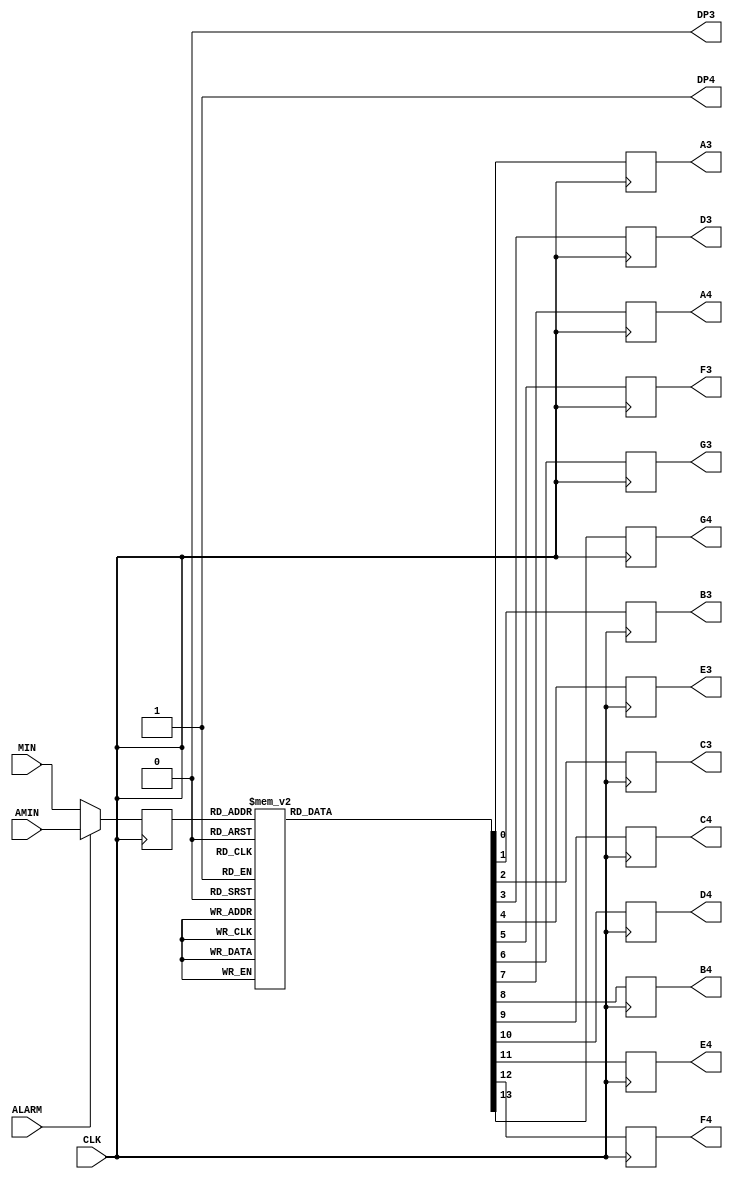
module Controlador_MIN(
    input [5:0] MIN,
    input [5:0] AMIN,
    input CLK,
    input ALARM,
    //Digito Izquierda
    output reg A3,
    output reg B3,
    output reg C3,
    output reg D3,
    output reg E3,
    output reg F3,
    output reg G3,
    output reg DP3,
    //Digito Derecho
    output reg A4,
    output reg B4,
    output reg C4,
    output reg D4,
    output reg E4,
    output reg F4,
    output reg G4,
    output reg DP4
);
initial begin
    //Izquierda
    A3=0;
    B3=0;
    C3=0;
    D3=0;
    E3=0;
    F3=0;
    G3=0;
    DP3=0;
    //Derecha
    A4=0;
    B4=0;
    C4=0;
    D4=0;
    E4=0;
    F4=0;
    G4=0;
    DP4=1;
end

    reg[5:0] numero;

always @(posedge CLK)
begin
    if(ALARM)
    begin
        numero<=AMIN;
    end
    else
    begin
        numero<=MIN;
    end
 case(numero)
 0:
 begin
    //Izquierda
    A3<=1;
    B3<=1;
    C3<=1;
    D3<=1;
    E3<=1;
    F3<=1;
    G3<=0;
    //Derecha
    A4<=1;
    B4<=1;
    C4<=1;
    D4<=1;
    E4<=1;
    F4<=1;
    G4<=0;
 end
 1:
 begin
    //Izquierda
    A3<=1;
    B3<=1;
    C3<=1;
    D3<=1;
    E3<=1;
    F3<=1;
    G3<=0;
    //Derecha
    A4<=0;
    B4<=1;
    C4<=1;
    D4<=0;
    E4<=0;
    F4<=0;
    G4<=0;
 end
 2:
 begin
    //Izquierda
    A3<=1;
    B3<=1;
    C3<=1;
    D3<=1;
    E3<=1;
    F3<=1;
    G3<=0;
    //Derecha
    A4<=1;
    B4<=1;
    C4<=0;
    D4<=1;
    E4<=1;
    F4<=0;
    G4<=1;
 end
 3:
 begin
    //Izquierda
    A3<=1;
    B3<=1;
    C3<=1;
    D3<=1;
    E3<=1;
    F3<=1;
    G3<=0;
    //Derecha
    A4<=1;
    B4<=1;
    C4<=1;
    D4<=1;
    E4<=0;
    F4<=0;
    G4<=1;
 end
 4:
 begin
    //Izquierda
    A3<=1;
    B3<=1;
    C3<=1;
    D3<=1;
    E3<=1;
    F3<=1;
    G3<=0;
    //Derecha
    A4<=0;
    B4<=1;
    C4<=1;
    D4<=0;
    E4<=0;
    F4<=1;
    G4<=1;
 end
 5:
 begin
    //Izquierda
    A3<=1;
    B3<=1;
    C3<=1;
    D3<=1;
    E3<=1;
    F3<=1;
    G3<=0;
    //Derecha
    A4<=1;
    B4<=0;
    C4<=1;
    D4<=1;
    E4<=0;
    F4<=1;
    G4<=1;
 end
 6:
 begin
    //Izquierda
    A3<=1;
    B3<=1;
    C3<=1;
    D3<=1;
    E3<=1;
    F3<=1;
    G3<=0;
    //Derecha
    A4<=1;
    B4<=0;
    C4<=1;
    D4<=1;
    E4<=1;
    F4<=1;
    G4<=1;
 end
 7:
 begin
    //Izquierda
    A3<=1;
    B3<=1;
    C3<=1;
    D3<=1;
    E3<=1;
    F3<=1;
    G3<=0;
    //Derecha
    A4<=1;
    B4<=1;
    C4<=1;
    D4<=0;
    E4<=0;
    F4<=0;
    G4<=0;
 end
 8:
 begin
    //Izquierda
    A3<=1;
    B3<=1;
    C3<=1;
    D3<=1;
    E3<=1;
    F3<=1;
    G3<=0;
    //Derecha
    A4<=1;
    B4<=1;
    C4<=1;
    D4<=1;
    E4<=1;
    F4<=1;
    G4<=1;
 end
 9:
 begin
    //Izquierda
    A3<=1;
    B3<=1;
    C3<=1;
    D3<=1;
    E3<=1;
    F3<=1;
    G3<=0;
    //Derecha
    A4<=1;
    B4<=1;
    C4<=1;
    D4<=1;
    E4<=0;
    F4<=1;
    G4<=1;
 end
 10:
 begin
    //Izquierda
    A3<=0;
    B3<=1;
    C3<=1;
    D3<=0;
    E3<=0;
    F3<=0;
    G3<=0;
    //Derecha
    A4<=1;
    B4<=1;
    C4<=1;
    D4<=1;
    E4<=1;
    F4<=1;
    G4<=0;
 end
 11:
 begin
    //Izquierda
    A3<=0;
    B3<=1;
    C3<=1;
    D3<=0;
    E3<=0;
    F3<=0;
    G3<=0;
    //Derecha
    A4<=0;
    B4<=1;
    C4<=1;
    D4<=0;
    E4<=0;
    F4<=0;
    G4<=0;
 end
 12:
 begin
    //Izquierda
    A3<=0;
    B3<=1;
    C3<=1;
    D3<=0;
    E3<=0;
    F3<=0;
    G3<=0;
    //Derecha
    A4<=1;
    B4<=1;
    C4<=0;
    D4<=1;
    E4<=1;
    F4<=0;
    G4<=1;
 end
 13:
 begin
    //Izquierda
    A3<=0;
    B3<=1;
    C3<=1;
    D3<=0;
    E3<=0;
    F3<=0;
    G3<=0;
    //Derecha
    A4<=1;
    B4<=1;
    C4<=1;
    D4<=1;
    E4<=0;
    F4<=0;
    G4<=1;
 end
 14:
 begin
    //Izquierda
    A3<=0;
    B3<=1;
    C3<=1;
    D3<=0;
    E3<=0;
    F3<=0;
    G3<=0;
    //Derecha
    A4<=0;
    B4<=1;
    C4<=1;
    D4<=0;
    E4<=0;
    F4<=1;
    G4<=1;
 end
 15:
 begin
    //Izquierda
    A3<=0;
    B3<=1;
    C3<=1;
    D3<=0;
    E3<=0;
    F3<=0;
    G3<=0;
    //Derecha
    A4<=1;
    B4<=0;
    C4<=1;
    D4<=1;
    E4<=0;
    F4<=1;
    G4<=1;
 end
 16:
 begin
    //Izquierda
    A3<=0;
    B3<=1;
    C3<=1;
    D3<=0;
    E3<=0;
    F3<=0;
    G3<=0;
    //Derecha
    A4<=1;
    B4<=0;
    C4<=1;
    D4<=1;
    E4<=1;
    F4<=1;
    G4<=1;
 end
 17:
 begin
    //Izquierda
    A3<=0;
    B3<=1;
    C3<=1;
    D3<=0;
    E3<=0;
    F3<=0;
    G3<=0;
    //Derecha
    A4<=1;
    B4<=1;
    C4<=1;
    D4<=0;
    E4<=0;
    F4<=0;
    G4<=0;
 end
 18:
 begin
    //Izquierda
    A3<=0;
    B3<=1;
    C3<=1;
    D3<=0;
    E3<=0;
    F3<=0;
    G3<=0;
    //Derecha
    A4<=1;
    B4<=1;
    C4<=1;
    D4<=1;
    E4<=1;
    F4<=1;
    G4<=1;
 end
 19:
 begin
    //Izquierda
    A3<=0;
    B3<=1;
    C3<=1;
    D3<=0;
    E3<=0;
    F3<=0;
    G3<=0;
    //Derecha
    A4<=1;
    B4<=1;
    C4<=1;
    D4<=1;
    E4<=0;
    F4<=1;
    G4<=1;
 end
 20:
 begin
    //Izquierda
    A3<=1;
    B3<=1;
    C3<=0;
    D3<=1;
    E3<=1;
    F3<=0;
    G3<=1;
    //Derecha
    A4<=1;
    B4<=1;
    C4<=1;
    D4<=1;
    E4<=1;
    F4<=1;
    G4<=0;
 end
 21:
 begin
    //Izquierda
    A3<=1;
    B3<=1;
    C3<=0;
    D3<=1;
    E3<=1;
    F3<=0;
    G3<=1;
    //Derecha
    A4<=0;
    B4<=1;
    C4<=1;
    D4<=0;
    E4<=0;
    F4<=0;
    G4<=0;
 end
 22:
 begin
    //Izquierda
    A3<=1;
    B3<=1;
    C3<=0;
    D3<=1;
    E3<=1;
    F3<=0;
    G3<=1;
    //Derecha
    A4<=1;
    B4<=1;
    C4<=0;
    D4<=1;
    E4<=1;
    F4<=0;
    G4<=1;
 end
 23:
 begin
    //Izquierda
    A3<=1;
    B3<=1;
    C3<=0;
    D3<=1;
    E3<=1;
    F3<=0;
    G3<=1;
    //Derecha
    A4<=1;
    B4<=1;
    C4<=1;
    D4<=1;
    E4<=0;
    F4<=0;
    G4<=1;
 end
 24:
 begin
    //Izquierda
    A3<=1;
    B3<=1;
    C3<=0;
    D3<=1;
    E3<=1;
    F3<=0;
    G3<=1;  
    //Derecha
    A4<=0;
    B4<=1;
    C4<=1;
    D4<=0;
    E4<=0;
    F4<=1;
    G4<=1;
 end
 25:
 begin
    //Izquierda
    A3<=1;
    B3<=1;
    C3<=0;
    D3<=1;
    E3<=1;
    F3<=0;
    G3<=1;  
    //Derecha
    A4<=1;
    B4<=0;
    C4<=1;
    D4<=1;
    E4<=0;
    F4<=1;
    G4<=1;
 end
 26:
 begin
    //Izquierda
    A3<=1;
    B3<=1;
    C3<=0;
    D3<=1;
    E3<=1;
    F3<=0;
    G3<=1;  
    //Derecha
    A4<=1;
    B4<=0;
    C4<=1;
    D4<=1;
    E4<=1;
    F4<=1;
    G4<=1;
 end
 27:
 begin
    //Izquierda
    A3<=1;
    B3<=1;
    C3<=0;
    D3<=1;
    E3<=1;
    F3<=0;
    G3<=1;  
    //Derecha
    A4<=1;
    B4<=1;
    C4<=1;
    D4<=0;
    E4<=0;
    F4<=0;
    G4<=0;   
 end
 28:
 begin
    //Izquierda
    A3<=1;
    B3<=1;
    C3<=0;
    D3<=1;
    E3<=1;
    F3<=0;
    G3<=1;  
    //Derecha
    A4<=1;
    B4<=1;
    C4<=1;
    D4<=1;
    E4<=1;
    F4<=1;
    G4<=1;
 end
 29:
 begin
     
    //Izquierda
    A3<=1;
    B3<=1;
    C3<=0;
    D3<=1;
    E3<=1;
    F3<=0;
    G3<=1; 
    //Derecha
    A4<=1;
    B4<=1;
    C4<=1;
    D4<=1;
    E4<=0;
    F4<=1;
    G4<=1; 
 end
 30:
 begin
    //Izquierda
    A3<=1;
    B3<=1;
    C3<=1;
    D3<=1;
    E3<=0;
    F3<=0;
    G3<=1;
    //Derecha
    A4<=1;
    B4<=1;
    C4<=1;
    D4<=1;
    E4<=1;
    F4<=1;
    G4<=0;
 end
 31:
 begin
    //Izquierda
    A3<=1;
    B3<=1;
    C3<=1;
    D3<=1;
    E3<=0;
    F3<=0;
    G3<=1;
    //Derecha
    A4<=0;
    B4<=1;
    C4<=1;
    D4<=0;
    E4<=0;
    F4<=0;
    G4<=0;
 end
 32:
 begin
    //Izquierda
    A3<=1;
    B3<=1;
    C3<=1;
    D3<=1;
    E3<=0;
    F3<=0;
    G3<=1;
    //Derecha
    A4<=1;
    B4<=1;
    C4<=0;
    D4<=1;
    E4<=1;
    F4<=0;
    G4<=1;
 end
 33:
 begin
    //Izquierda
    A3<=1;
    B3<=1;
    C3<=1;
    D3<=1;
    E3<=0;
    F3<=0;
    G3<=1;
    //Derecha
    A4<=1;
    B4<=1;
    C4<=1;
    D4<=1;
    E4<=0;
    F4<=0;
    G4<=1;   
 end
 34:
 begin
    //Izquierda
    A3<=1;
    B3<=1;
    C3<=1;
    D3<=1;
    E3<=0;
    F3<=0;
    G3<=1;
    //Derecha
    A4<=0;
    B4<=1;
    C4<=1;
    D4<=0;
    E4<=0;
    F4<=1;
    G4<=1;
 end
 35:
 begin
    //Izquierda
    A3<=1;
    B3<=1;
    C3<=1;
    D3<=1;
    E3<=0;
    F3<=0;
    G3<=1;
    //Derecha
    A4<=1;
    B4<=0;
    C4<=1;
    D4<=1;
    E4<=0;
    F4<=1;
    G4<=1;
 end
 36:
 begin
    //Izquierda
    A3<=1;
    B3<=1;
    C3<=1;
    D3<=1;
    E3<=0;
    F3<=0;
    G3<=1;
    //Derecha
    A4<=1;
    B4<=0;
    C4<=1;
    D4<=1;
    E4<=1;
    F4<=1;
    G4<=1;
 end
 37:
 begin
    //Izquierda
    A3<=1;
    B3<=1;
    C3<=1;
    D3<=1;
    E3<=0;
    F3<=0;
    G3<=1;
    //Derecha
    A4<=1;
    B4<=1;
    C4<=1;
    D4<=0;
    E4<=0;
    F4<=0;
    G4<=0;
 end
 38:
 begin
    //Izquierda
    A3<=1;
    B3<=1;
    C3<=1;
    D3<=1;
    E3<=0;
    F3<=0;
    G3<=1;
    //Derecha
    A4<=1;
    B4<=1;
    C4<=1;
    D4<=1;
    E4<=1;
    F4<=1;
    G4<=1;
 end
 39:
 begin
    //Izquierda
    A3<=1;
    B3<=1;
    C3<=1;
    D3<=1;
    E3<=0;
    F3<=0;
    G3<=1;
    //Derecha
    A4<=1;
    B4<=1;
    C4<=1;
    D4<=1;
    E4<=0;
    F4<=1;
    G4<=1;
 end
 40:
 begin
    //Izquierda
    A3<=0;
    B3<=1;
    C3<=1;
    D3<=0;
    E3<=0;
    F3<=1;
    G3<=1;
    //Derecha
    A4<=1;
    B4<=1;
    C4<=1;
    D4<=1;
    E4<=1;
    F4<=1;
    G4<=0;
 end
 41:
 begin
    //Izquierda
    A3<=0;
    B3<=1;
    C3<=1;
    D3<=0;
    E3<=0;
    F3<=1;
    G3<=1;
    //Derecha
    A4<=0;
    B4<=1;
    C4<=1;
    D4<=0;
    E4<=0;
    F4<=0;
    G4<=0;
 end
 42:
 begin
    //Izquierda
    A3<=0;
    B3<=1;
    C3<=1;
    D3<=0;
    E3<=0;
    F3<=1;
    G3<=1;
    //Derecha
    A4<=1;
    B4<=1;
    C4<=0;
    D4<=1;
    E4<=1;
    F4<=0;
    G4<=1;
 end
 43:
 begin
    //Izquierda
    A3<=0;
    B3<=1;
    C3<=1;
    D3<=0;
    E3<=0;
    F3<=1;
    G3<=1;
    //Derecha
    A4<=1;
    B4<=1;
    C4<=1;
    D4<=1;
    E4<=0;
    F4<=0;
    G4<=1;
 end
 44:
 begin
    //Izquierda
    A3<=0;
    B3<=1;
    C3<=1;
    D3<=0;
    E3<=0;
    F3<=1;
    G3<=1;
    //Derecha
    A4<=0;
    B4<=1;
    C4<=1;
    D4<=0;
    E4<=0;
    F4<=1;
    G4<=1;
 end
 45:
 begin
    //Izquierda
    A3<=0;
    B3<=1;
    C3<=1;
    D3<=0;
    E3<=0;
    F3<=1;
    G3<=1;
    //Derecha
    A4<=1;
    B4<=0;
    C4<=1;
    D4<=1;
    E4<=0;
    F4<=1;
    G4<=1;
 end
 46:
 begin
    //Izquierda
    A3<=0;
    B3<=1;
    C3<=1;
    D3<=0;
    E3<=0;
    F3<=1;
    G3<=1;
    //Derecha
    A4<=1;
    B4<=0;
    C4<=1;
    D4<=1;
    E4<=1;
    F4<=1;
    G4<=1;
 end
 47:
 begin
    //Izquierda
    A3<=0;
    B3<=1;
    C3<=1;
    D3<=0;
    E3<=0;
    F3<=1;
    G3<=1;
    //Derecha
    A4<=1;
    B4<=1;
    C4<=1;
    D4<=0;
    E4<=0;
    F4<=0;
    G4<=0;
 end
 48:
 begin
    //Izquierda
    A3<=0;
    B3<=1;
    C3<=1;
    D3<=0;
    E3<=0;
    F3<=1;
    G3<=1;
    //Derecha
    A4<=1;
    B4<=1;
    C4<=1;
    D4<=1;
    E4<=1;
    F4<=1;
    G4<=1;
 end
 49:
 begin
    //Izquierda
    A3<=0;
    B3<=1;
    C3<=1;
    D3<=0;
    E3<=0;
    F3<=1;
    G3<=1;
    //Derecha
    A4<=1;
    B4<=1;
    C4<=1;
    D4<=1;
    E4<=0;
    F4<=1;
    G4<=1;
 end
 50:
 begin
    //Izquierda
    A3<=1;
    B3<=0;
    C3<=1;
    D3<=1;
    E3<=0;
    F3<=1;
    G3<=1;
    //Derecha
    A4<=1;
    B4<=1;
    C4<=1;
    D4<=1;
    E4<=1;
    F4<=1;
    G4<=0;
 end
 51:
 begin
    //Izquierda
    A3<=1;
    B3<=0;
    C3<=1;
    D3<=1;
    E3<=0;
    F3<=1;
    G3<=1;
    //Derecha
    A4<=0;
    B4<=1;
    C4<=1;
    D4<=0;
    E4<=0;
    F4<=0;
    G4<=0;
 end
 52:
 begin
    //Izquierda
    A3<=1;
    B3<=0;
    C3<=1;
    D3<=1;
    E3<=0;
    F3<=1;
    G3<=1;
    //Derecha
    A4<=1;
    B4<=1;
    C4<=0;
    D4<=1;
    E4<=1;
    F4<=0;
    G4<=1;
 end
 53:
 begin
    //Izquierda
    A3<=1;
    B3<=0;
    C3<=1;
    D3<=1;
    E3<=0;
    F3<=1;
    G3<=1;
    //Derecha
    A4<=1;
    B4<=1;
    C4<=1;
    D4<=1;
    E4<=0;
    F4<=0;
    G4<=1;
 end
 54:
 begin
    //Izquierda
    A3<=1;
    B3<=0;
    C3<=1;
    D3<=1;
    E3<=0;
    F3<=1;
    G3<=1;
    //Derecha
    A4<=0;
    B4<=1;
    C4<=1;
    D4<=0;
    E4<=0;
    F4<=1;
    G4<=1;
 end
 55:
 begin
    //Izquierda
    A3<=1;
    B3<=0;
    C3<=1;
    D3<=1;
    E3<=0;
    F3<=1;
    G3<=1;
    //Derecha
    A4<=1;
    B4<=0;
    C4<=1;
    D4<=1;
    E4<=0;
    F4<=1;
    G4<=1;
 end
 56:
 begin
    //Izquierda
    A3<=1;
    B3<=0;
    C3<=1;
    D3<=1;
    E3<=0;
    F3<=1;
    G3<=1;
    //Derecha
    A4<=1;
    B4<=0;
    C4<=1;
    D4<=1;
    E4<=1;
    F4<=1;
    G4<=1;
 end
 57:
 begin
    //Izquierda
    A3<=1;
    B3<=0;
    C3<=1;
    D3<=1;
    E3<=0;
    F3<=1;
    G3<=1; 
    //Derecha
    A4<=1;
    B4<=1;
    C4<=1;
    D4<=0;
    E4<=0;
    F4<=0;
    G4<=0;
 end
 58:
 begin
    //Izquierda
    A3<=1;
    B3<=0;
    C3<=1;
    D3<=1;
    E3<=0;
    F3<=1;
    G3<=1;
    //Derecha
    A4<=1;
    B4<=1;
    C4<=1;
    D4<=1;
    E4<=1;
    F4<=1;
    G4<=1;
 end
 59:
begin
    //Izquierda
    A3<=1;
    B3<=0;
    C3<=1;
    D3<=1;
    E3<=0;
    F3<=1;
    G3<=1;
    //Derecha
    A4<=1;
    B4<=1;
    C4<=1;
    D4<=1;
    E4<=0;
    F4<=1;
    G4<=1;
end
 default:
 begin
    //Izquierda
    A3<=1;
    B3<=1;
    C3<=1;
    D3<=1;
    E3<=1;
    F3<=1;
    G3<=0;
    //Derecha
    A4<=1;
    B4<=1;
    C4<=1;
    D4<=1;
    E4<=1;
    F4<=1;
    G4<=0;
 end
endcase
end
endmodule